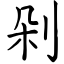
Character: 剁